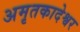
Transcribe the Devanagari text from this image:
अमृतकादेश्वर